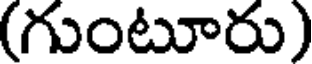
(గుంటూరు)